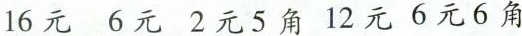
16元 6元 2元5角 12元 6元6角